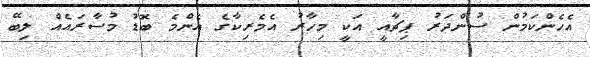
އެހެންކަމުން ސުންދަރު ޕިޗާއީ އަކީ މިހާރު އެމެރިކާގެ އެންމެ ބޮޑު މުސާރައެއް ލިބޭ